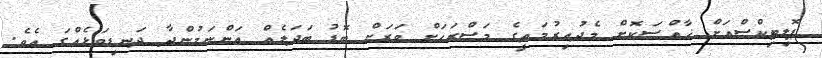
ޕޮލިޓިކްސްއަށް ޚާއްސަކޮށް މެދުއިރުމަތީގެ މަސްރަހަށް ވަރަށް ބޮޑު ބަދަލެއް އަންނަމުންދާ ދަނޑިވަޅެއްގަ އެވެ.